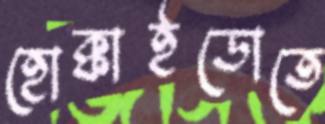
হোক্কাইডোতে